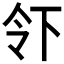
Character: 𬾂